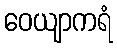
ဝေယျာကရံ